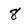
Character: 8